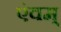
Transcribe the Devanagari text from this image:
एंवम्